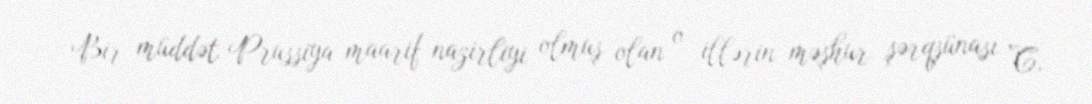
Bir müddət Prussiya maarif nazirliyi olmuş olan o illərin məşhur şərqşünası C.